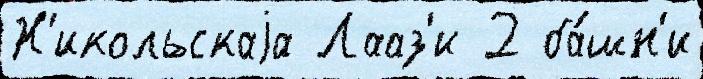
Н'икольскаjа Лааз'и 2 ба́шн'и